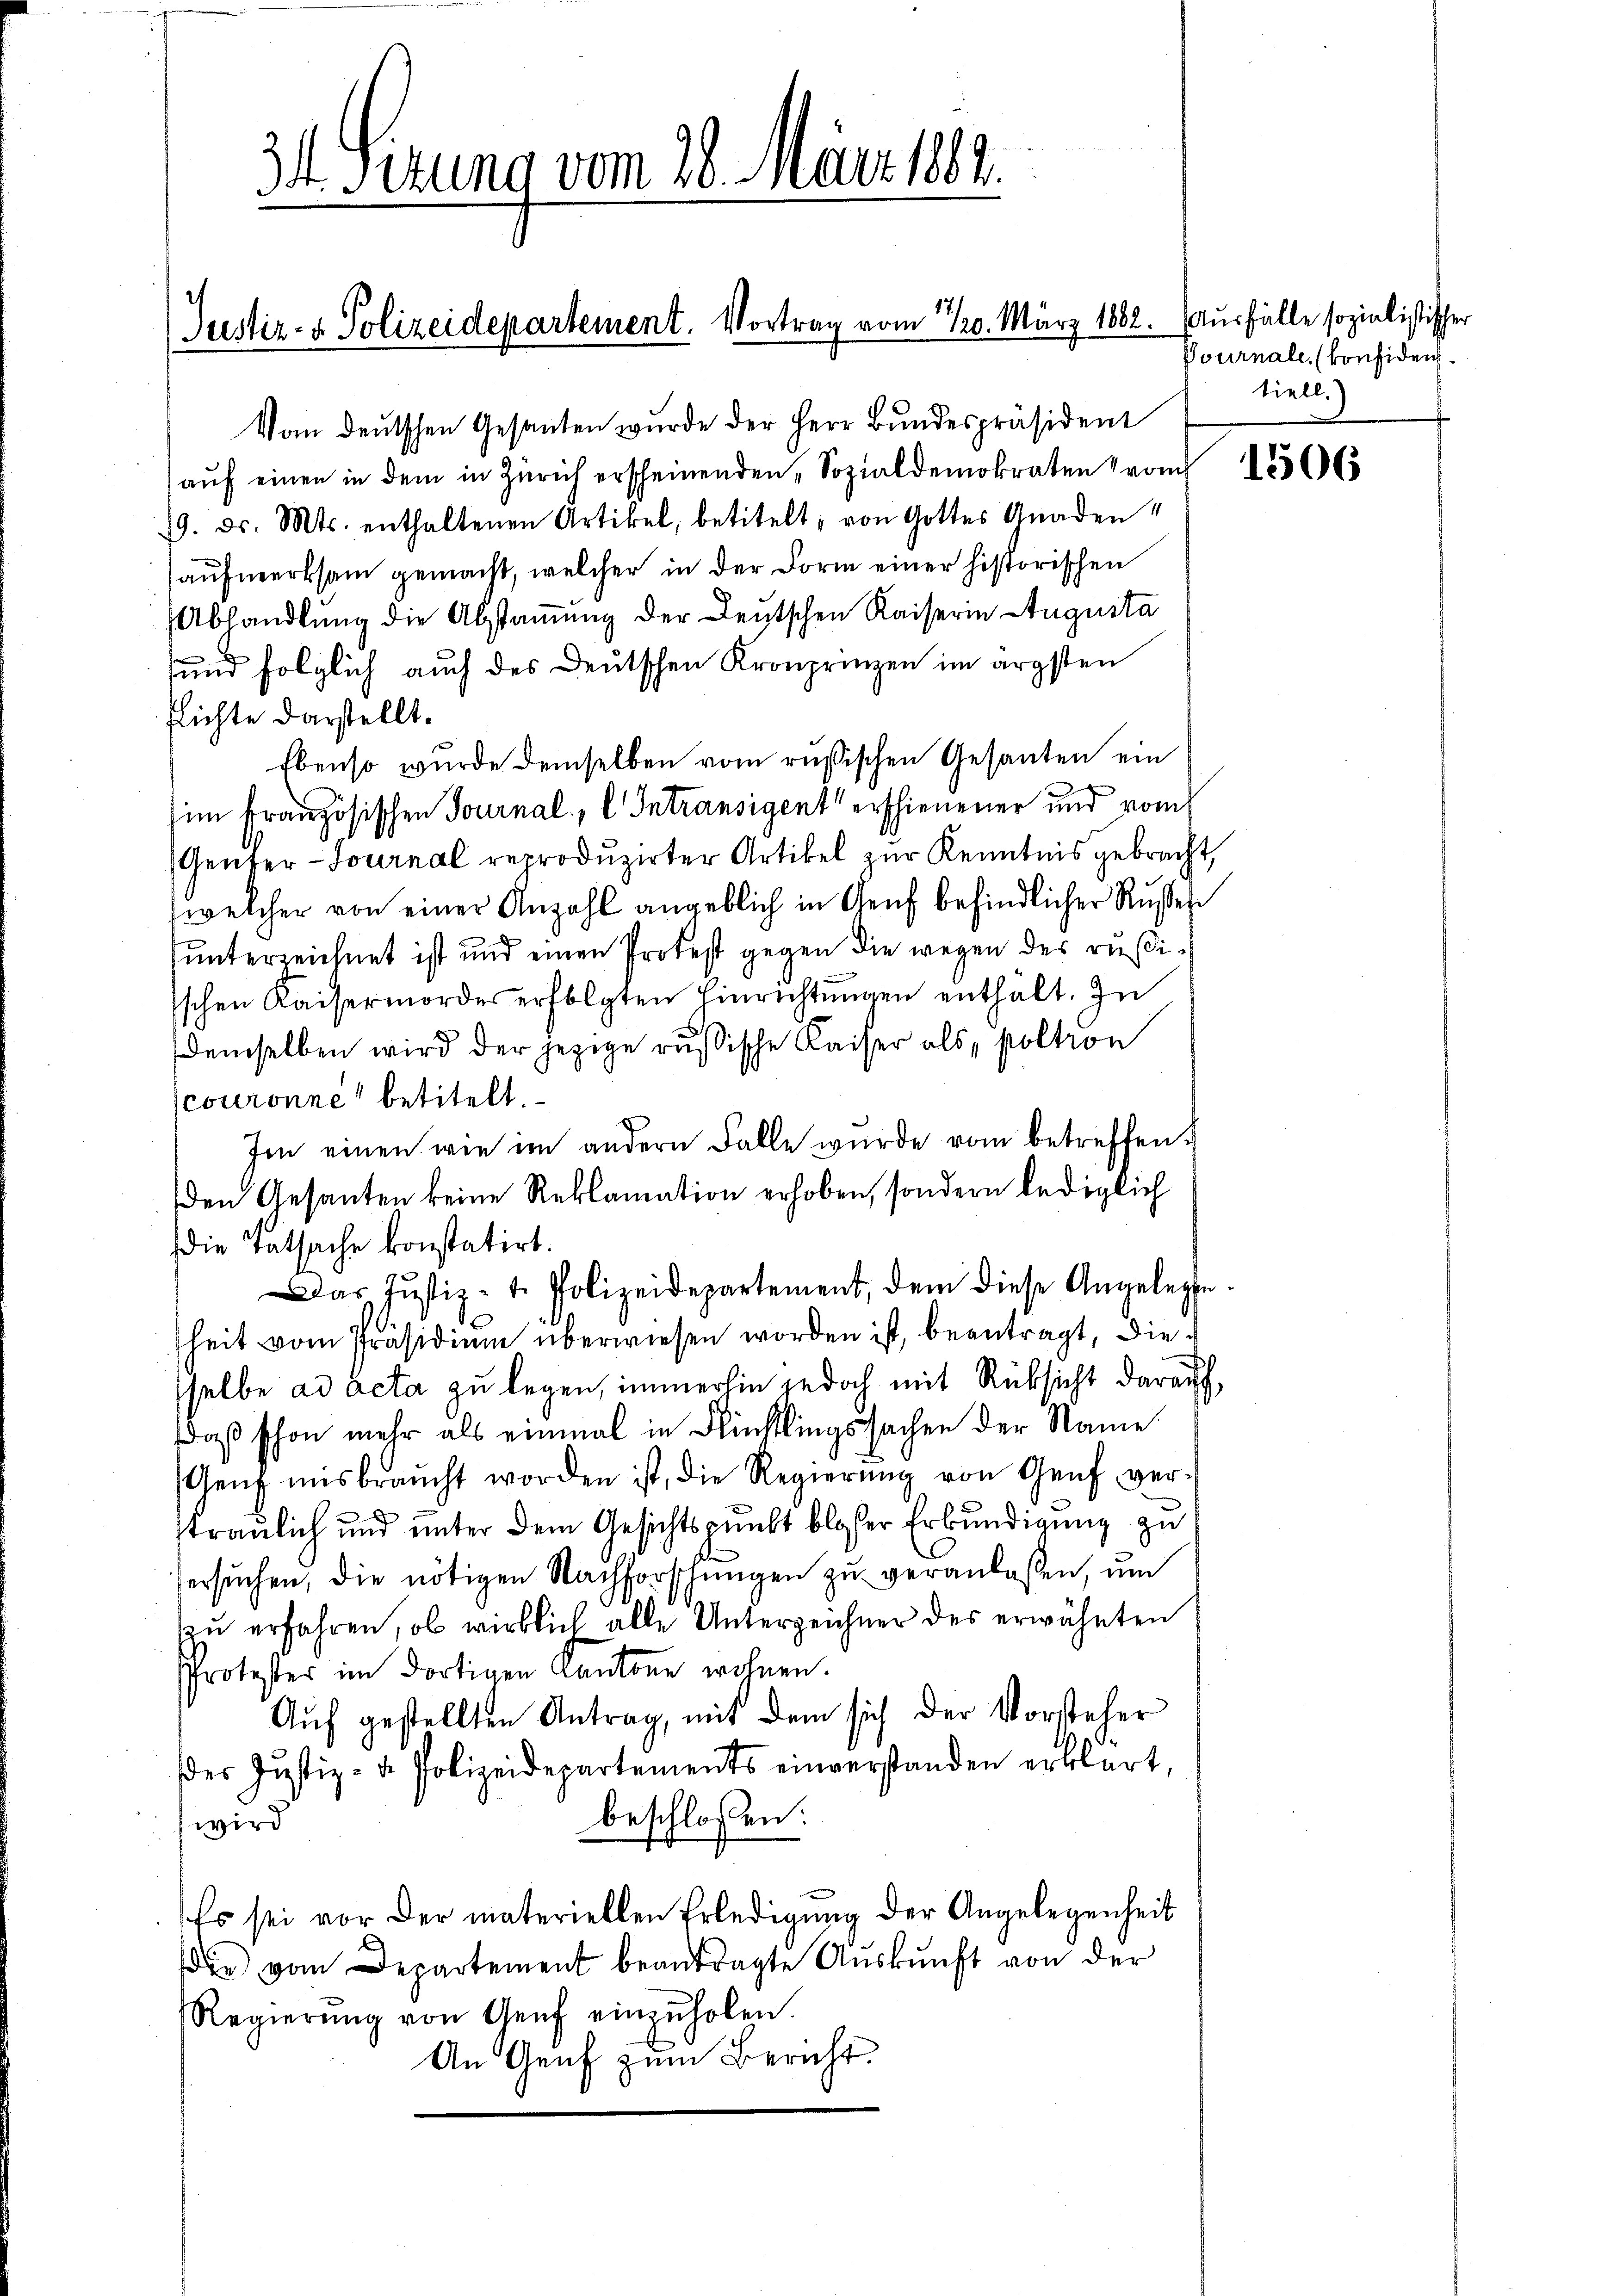
34. Ferung vom 28. März 184.

Justiz- & Polizeidepartement. Vortrag vom 10. März 1882

Vom deutschen Gesanten wurde der Herr Bundespräsident

aŭf einen in dem in Zürich erscheinenden Sozialdemokraten vom 3
19. ds. Mts. enthaltenen Artikel, betitelt, von Gottes Gnadenaufmerksam gemacht, welcher in der Form einer historischen
Abhandlung die Abstammung der Deutschen Kaiserin Augusta
und folglich auch des Deutschen Kronprinzen im ärgsten
flichte darstellt.
Ebenso wurde demselben vom rußischen Gesanten ein
im französischen Tournal, l. Intransigent erschienener und vom
Genter- Journal reproduzirter Artikel zur Kenntnis gebracht,
welcher von einer Anzahl angeblich in Genf befindlicher Russen
unterzeichnet ist und einen Protest gegen die wegen des rußiischen Kaisermordes erfolgten Einrichtŭngen enthalt. In
demselben wird der jezige russische Kaiser als „poltron
couronne betitelt.
Im einen wie im andern Falle wurde vom betreffen.
den Gesanten keine Reklamation erhoben, sondern lediglich
die Tatsache konstatirt.
Das Justiz- u. Polizeidepartement, dem diese Angelegte.
heit vom Präsidium überwiesen worden ist, beantragt, diesselbe ad acta zu legen, immerhin jedoch mit Rücksicht darauf,
Daß schon mehr als einmal in Flüchtlingssachen der Name
Genf misbraucht worden ist, die Regierŭng von Genf, ver-
straulich und unter dem Gesichtspunkt blosser Erkundigung zu
ersuchen, die nötigen Nachforschungen zu veranlaßen, um
zu erfahren, ob wirklich alle Unterzeichner des erwähnten
Protester im dortigen Cantone wohnen.
Auf gestellten Antrag, mit dem sich der Vorsteher
dder Justiz- u. Polizeidepartements einverstanden erklärt,
beschlossen:
wird
Es sei vor der materiellen Erledigung der Angelegenheit
die vom Departement beantragte Auskunft von der
Regierŭng von Genf einzŭholen.
An Genf zum Bericht.

Ausfälle sozialistischer
Pournale. (konfiden.
tiell.)